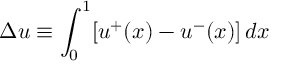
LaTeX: \Delta u \equiv \int _ { 0 } ^ { 1 } \lbrack u ^ { + } ( x ) - u ^ { - } ( x ) \rbrack \, d x